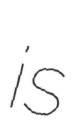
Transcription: is